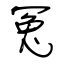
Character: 冤